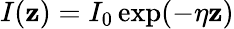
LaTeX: I(\mathbf{z})=I_{0}\exp(-\eta\mathbf{z})